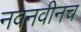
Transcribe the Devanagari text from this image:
नवनवीनच